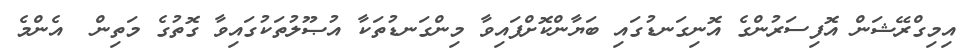
އިމިގްރޭޝަން އޮފިސަރުންގެ އޮނިގަނޑުގައި ބަޔާންކޮށްފައިވާ މިންގަނޑުތަކާ އުޞޫލުތަކުގައިވާ ގޮތުގެ މަތިން  އެންމެ